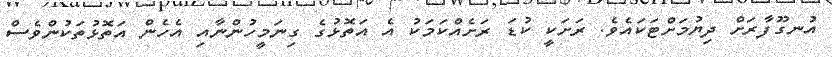
އުނގޫފާރަށް ދިޔުމަށްޓަކައެވެ. ރަށަކީ ކުޑަ ރަށެއްކަމަކު އެ އަތޮޅުގެ ގިނަމީހުންނާއި އެހެން އަތޮޅުތަކުންވެސް